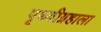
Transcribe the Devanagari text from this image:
पृथ्वीग्रहाला